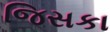
જિસકા